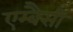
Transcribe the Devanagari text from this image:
एम्बैसी